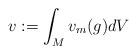
LaTeX: \begin{align*}v := \int_M v_m(g) dV\end{align*}